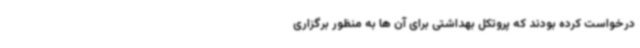
درخواست کرده بودند که پروتکل بهداشتی برای آن ها به منظور برگزاری